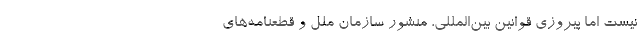
نیست اما پیروزی قوانین بین‌المللی، منشور سازمان ملل و قطعنامه‌های